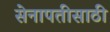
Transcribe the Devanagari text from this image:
सेनापतीसाठी